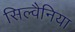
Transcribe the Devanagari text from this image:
सिल्वैनिया